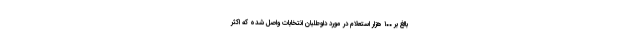
بالغ بر ۱۰۰ هزار استعلام در مورد داوطلبان انتخابات واصل شده که اکثر